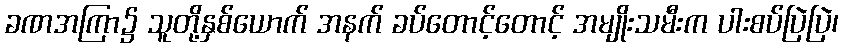
ခဏအကြာ၌ သူတို့နှစ်ယောက် အနက် ခပ်တောင့်တောင့် အမျိုးသမီးက ပါးစပ်ပြဲပြဲ၊